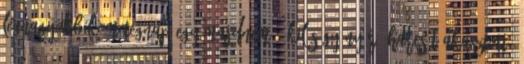
Legnagyobbikom tegnap egy majdnem 4 kilós gyönyörű harcsát akasztott.